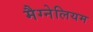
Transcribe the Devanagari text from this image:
मैग्नेलियम